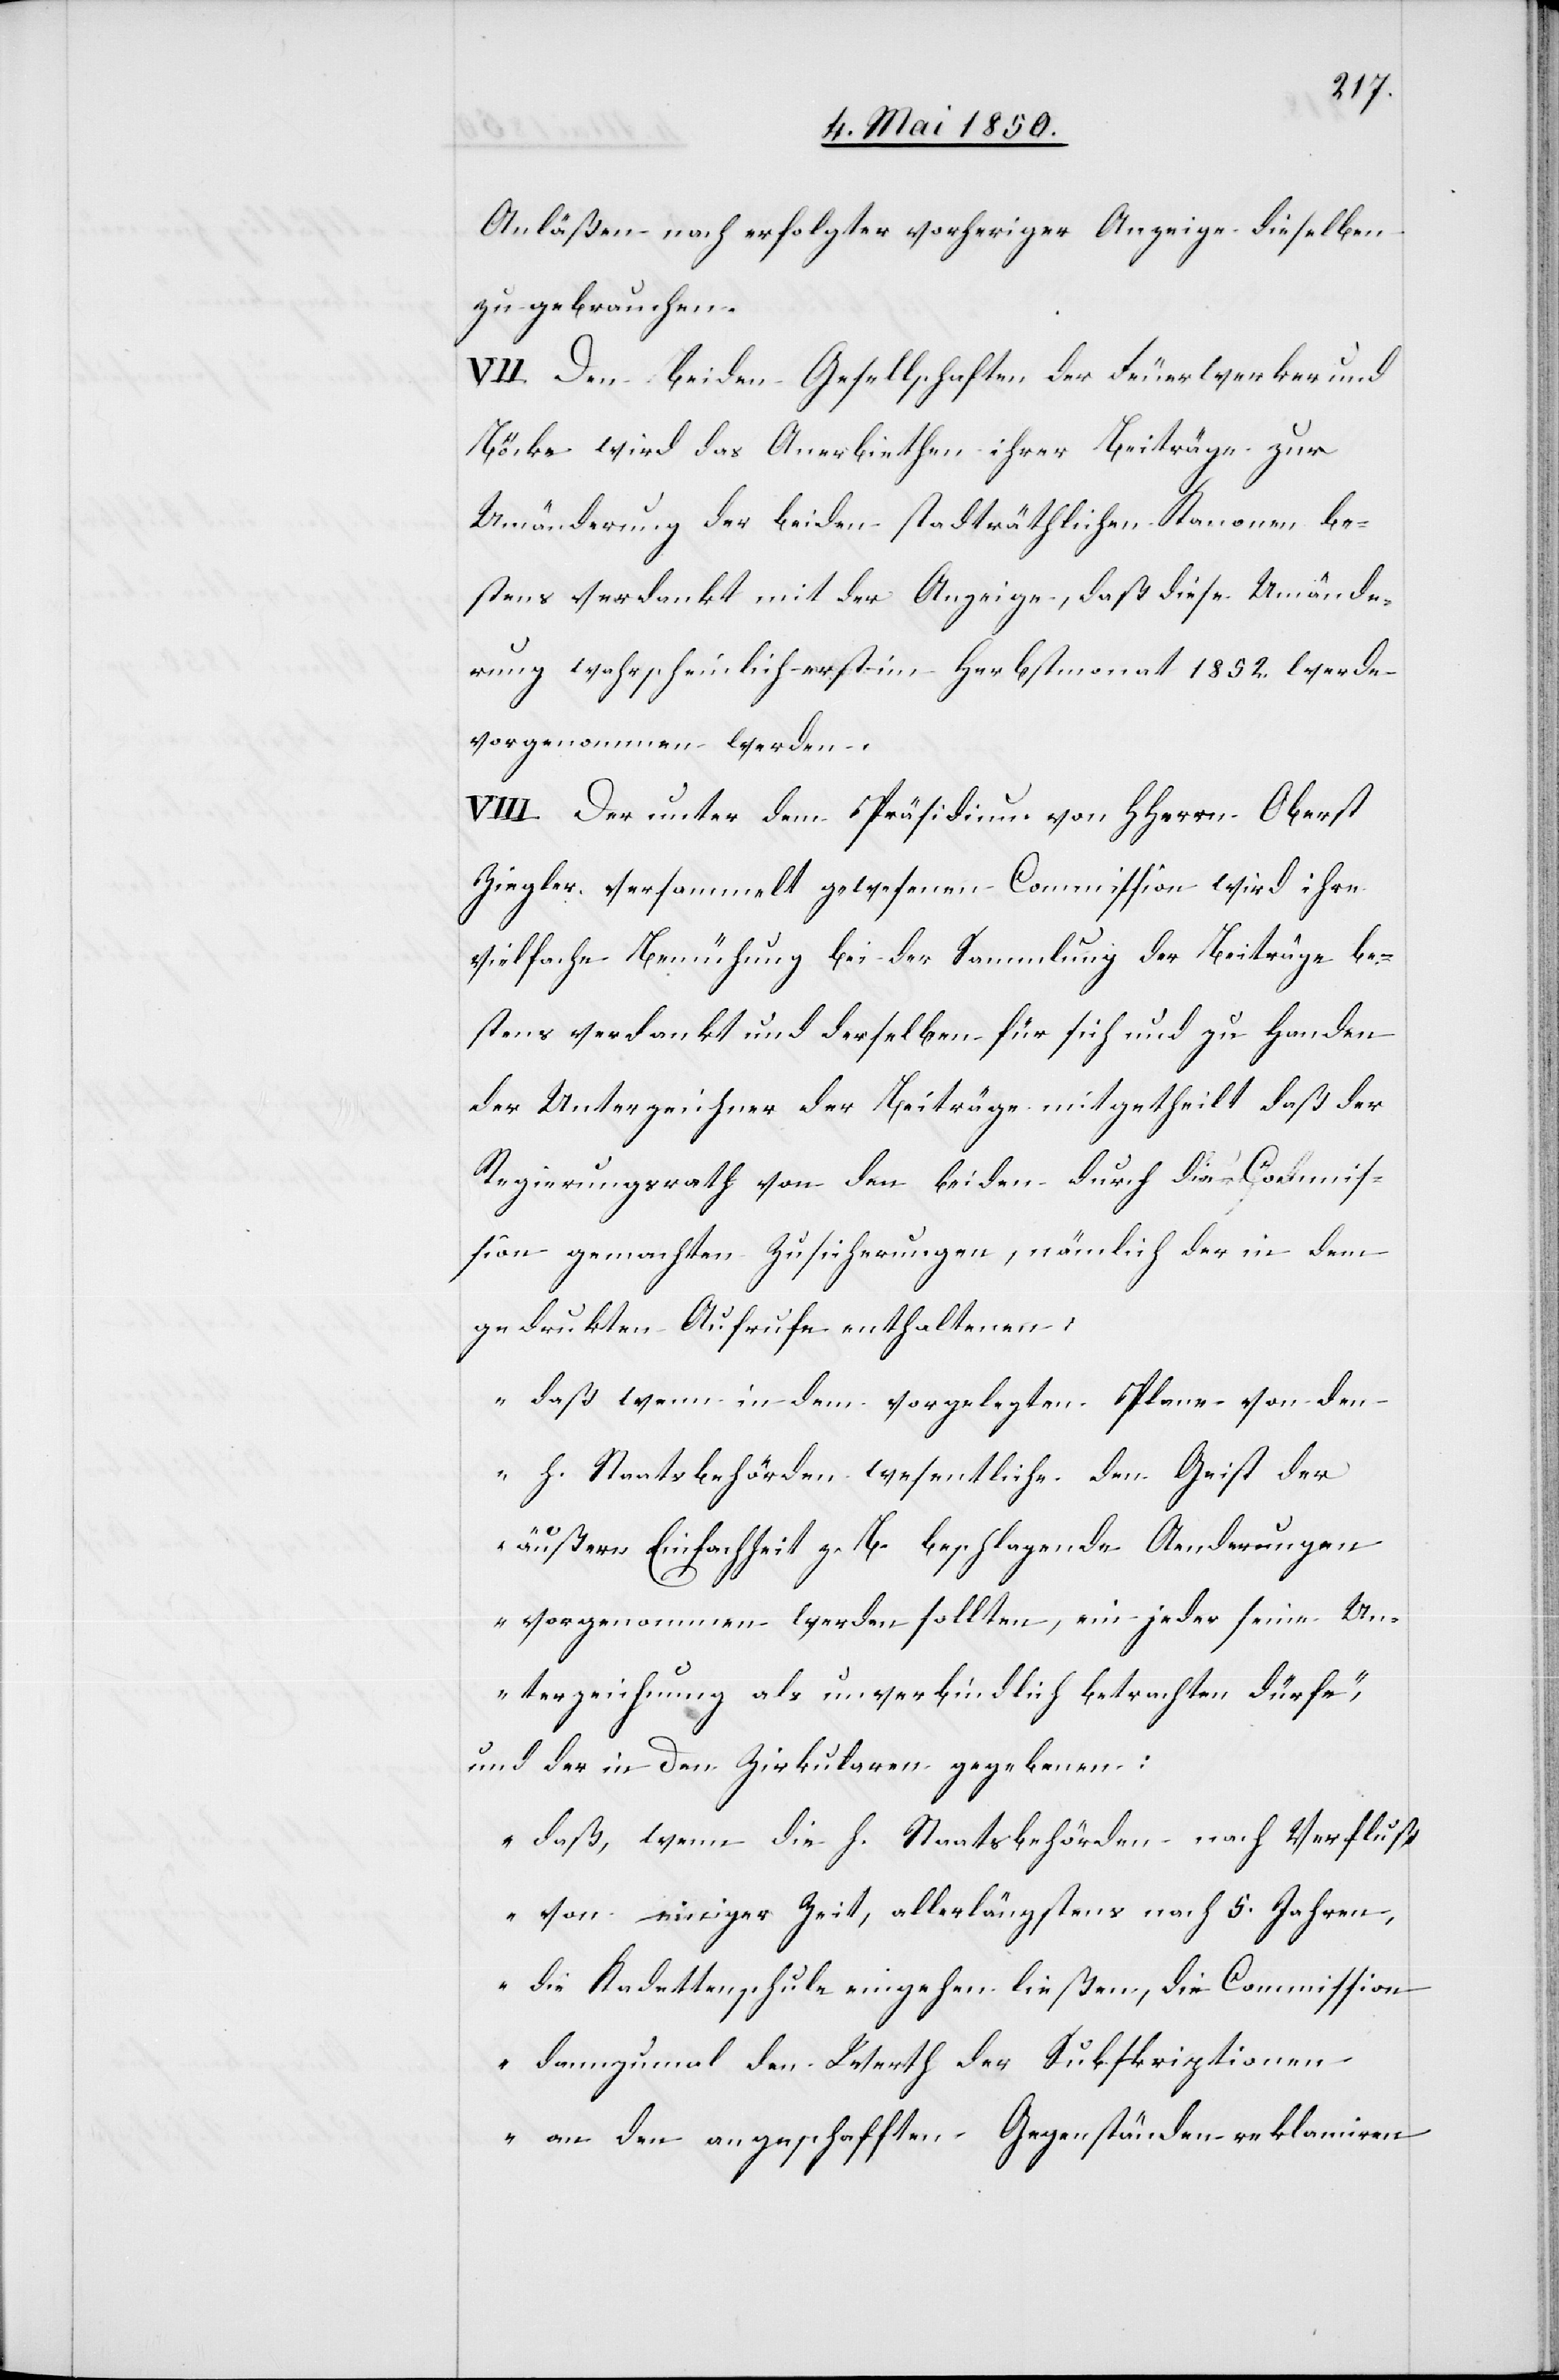
Anläßen nach erfolgter vorheriger Anzeige dieselben
zu gebrauchen.
VII. Den beiden Gesellschaften der Feuerwerker und
Böcke wird das Anerbiethen ihrer Beiträge zur
Umänderung der beiden stadträthlichen Kanonen be¬
stens verdankt mit der Anzeige, daß diese Umände¬
rung wahrscheinlich erst im Herbstmonat 1852. werde
vorgenommen werden.
VIII. Der unter dem Präsidium von HHerrn Oberst
Ziegler versammelt gewesenen Commission wird ihre
vielfache Bemühung bei der Sammlung der Beiträge be¬
stens verdankt und derselben für sich und zu Handen
der Unterzeichner der Beiträge mitgetheilt daß der
Regierungsrath von den beiden durch die Commis¬
sion gemachten Zusicherungen, nämlich der in dem
gedrukten Aufrufe enthaltenen:
„daß wenn in dem vorgelegten Plane von den
h. Staatsbehörden wesentliche den Geist der
äußern Einfachheit z. B. beschlagende Aenderungen
vorgenommen werden sollten, ein jeder seine Un¬
terzeichnung als unverbindlich betrachten dürfe“,
und der in den Zirkularen gegebenen:
„daß, wenn die h. Staatsbehörden nach Verfluß
von einiger Zeit, allerlängstens nach 5. Jahren,
die Kadettenschule eingehen ließen, die Commission
dannzumal den Werth der Subskriptionen
an den angeschafften Gegenständen reklamiren